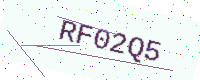
Text: RF02Q5